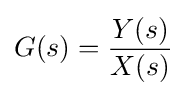
G(s)={\frac {Y(s)}{X(s)}}